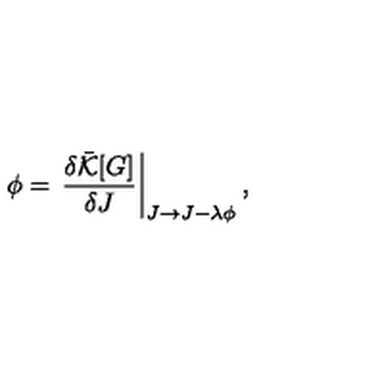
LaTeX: \phi = \left. \frac { \delta \bar { \cal K } [ G ] } { \delta J } \right| _ { J \rightarrow J - \lambda \phi } ,